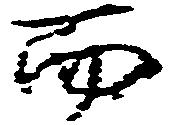
而